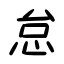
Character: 怠